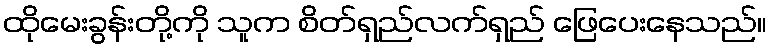
ထိုမေးခွန်းတို့ကို သူက စိတ်ရှည်လက်ရှည် ဖြေပေးနေသည်။